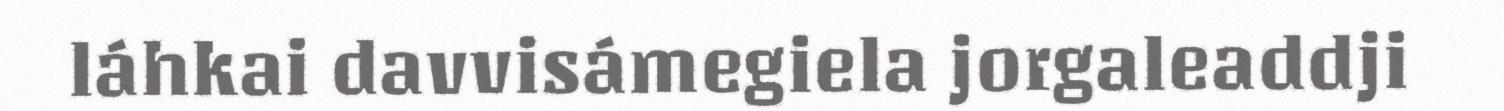
láhkai davvisámegiela jorgaleaddji